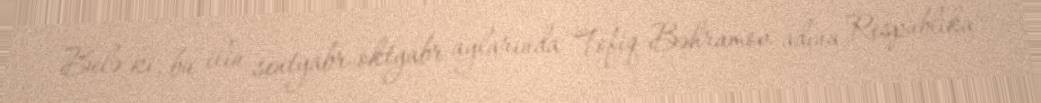
Belə ki, bu ilin sentyabr-oktyabr aylarında Tofiq Bəhramov adına Respublika